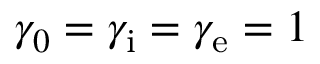
\gamma _ { 0 } = \gamma _ { \mathrm { i } } = \gamma _ { \mathrm { e } } = 1